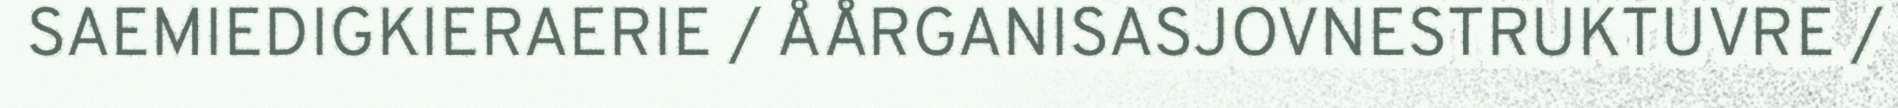
SAEMIEDIGKIERAERIE / ÅÅRGANISASJOVNESTRUKTUVRE /